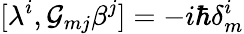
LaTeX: [\lambda^{i},\mathcal{G}_{mj}\beta^{j}]=-i\hbar\delta_{m}^{i}